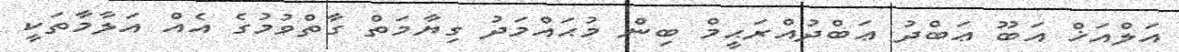
އަލްއަޚް އަބޫ ޢަބްދު ޢަބްދުއްރަޙީމް ބިން މުޙައްމަދު ގިޔާމަތް ގާތްވުމުގެ އެއް އަލާމާތަކީ